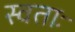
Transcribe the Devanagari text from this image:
स्वताः